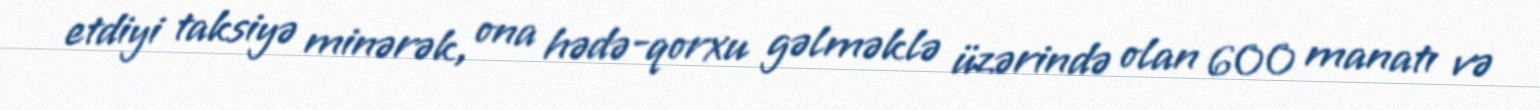
etdiyi taksiyə minərək, ona hədə-qorxu gəlməklə üzərində olan 600 manatı və